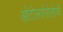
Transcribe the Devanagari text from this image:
ओटोलर्यनोलोजी